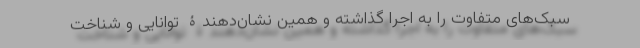
سبک‌های متفاوت را به اجرا گذاشته و همین نشان‌دهندۀ توانایی و شناخت